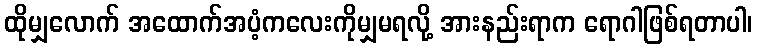
ထိုမျှလောက် အထောက်အပံ့ကလေးကိုမျှမရလို့ အားနည်းရာက ရောဂါဖြစ်ရတာပါ၊